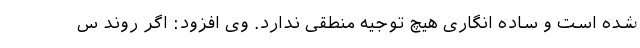
شده است و ساده انگاری هیچ توجیه منطقی ندارد. وی افزود: اگر روند س